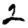
Digit: 2